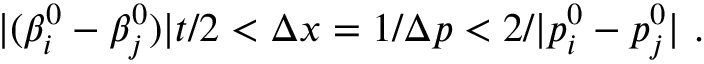
| ( \beta _ { i } ^ { 0 } - \beta _ { j } ^ { 0 } ) | t / 2 < \Delta x = 1 / \Delta p < 2 / | p _ { i } ^ { 0 } - p _ { j } ^ { 0 } | ~ .